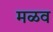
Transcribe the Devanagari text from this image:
मळव